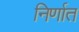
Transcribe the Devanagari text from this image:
निर्णात